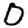
Digit: 0